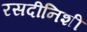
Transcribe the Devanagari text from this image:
रसदीनिशी